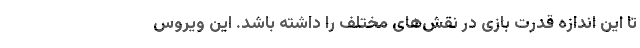
تا این اندازه قدرت بازی در نقش‌های مختلف را داشته باشد. این ویروس